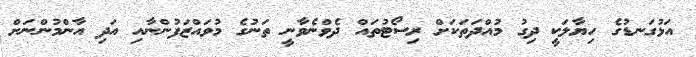
އަޅުގަނޑުގެ ހިޔާލަކީ ދިގު މުއްދަތަކަށް ރިސޯޓުތައް ދެވްނެވާނީ ތަނުގެ މުވައްޒަފުންނާއި އަދި އާންމުންނަށް